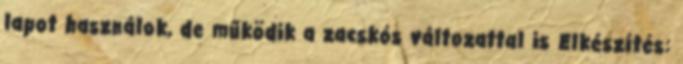
lapot használok, de működik a zacskós változattal is Elkészítés: